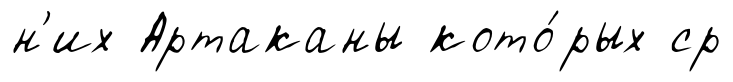
н'их Артаканы кото́рых ср